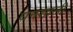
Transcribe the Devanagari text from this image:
घनशाली